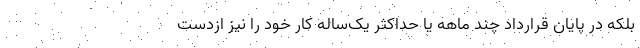
بلکه در پایان قرارداد چند ماهه یا حداکثر یک‌ساله کار خود را نیز ازدست